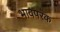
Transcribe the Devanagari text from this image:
भावपरक